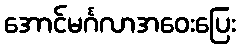
အောင်မင်္ဂလာအဝေးပြေး